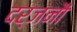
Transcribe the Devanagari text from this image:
दर्जनौं